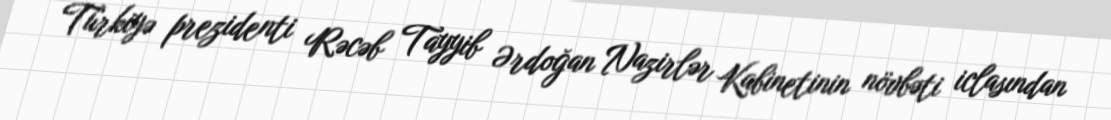
Türkiyə prezidenti Rəcəb Tayyib Ərdoğan Nazirlər Kabinetinin növbəti iclasından